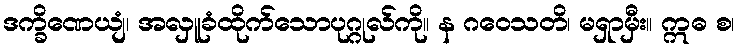
ဒက္ခိဏေယျံ၊ အလှူခံထိုက်သောပုဂ္ဂုလ်ကို။ န ဂဝေသတိ၊ မရှာမှီး။ ဣဓ စ၊